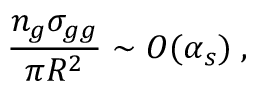
{ \frac { n _ { g } \sigma _ { g g } } { \pi R ^ { 2 } } } \sim O ( \alpha _ { s } ) \; ,